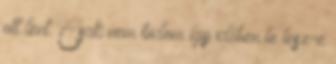
ott lent. Csak nem tudom így időben le lesz-e